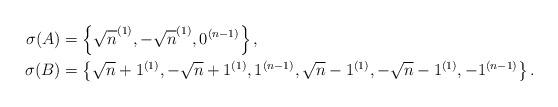
LaTeX: \begin{align*}\sigma(A) &= \left\{ \sqrt{n}^{(1)},-\sqrt{n}^{(1)},0^{(n-1)} \right\},\\\sigma(B) &= \left\{ \sqrt{n}+1^{(1)}, - \sqrt{n}+1^{(1)}, 1^{(n-1)}, \sqrt{n}-1^{(1)}, -\sqrt{n}-1^{(1)}, -1^{(n-1)} \right\}. \end{align*}